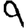
Digit: 9